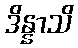
ဒိန္နာသိ